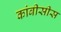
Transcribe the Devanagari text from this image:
कांबीसीस